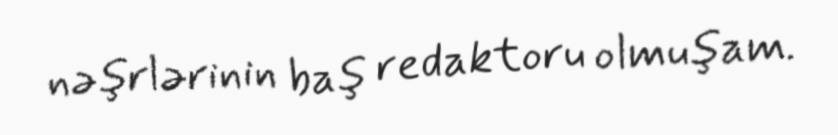
nəşrlərinin baş redaktoru olmuşam.